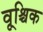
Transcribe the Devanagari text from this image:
वृ्श्चिक